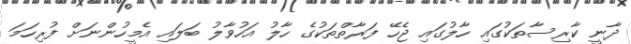
ދާނީ ކާރިސާތަކުގައި ހާލުގައި ޖެހޭ ފަރާތްތަކުގެ ހާލު އަހުވާލު ބަލައި އެމީހުންނަށް ފުރިހަމަ